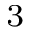
^ 3